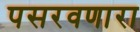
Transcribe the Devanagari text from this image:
पसरवणारा